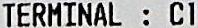
TERMINAL : C1